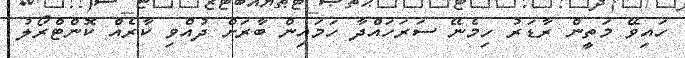
ހައިވޭ މަތީން ރާޑަރު ހިމެނޭ ސަރަހައްދާ ހަމައިން ބާރަށް ދުއްވި ކާރެއް ކޮންޓްރޯލު